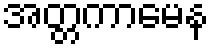
အတ္တကာမေန